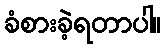
ခံစားခဲ့ရတာပါ။